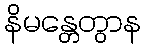
နိမန္တေတွာန